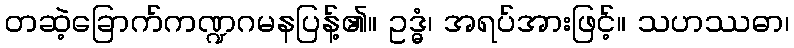
တဆဲ့ခြောက်ကဏ္ဍဂမနပြန့်၏။ ဥဒ္ဓံ၊ အရပ်အားဖြင့်။ သဟဿဓာ၊